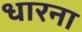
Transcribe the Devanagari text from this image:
धारना